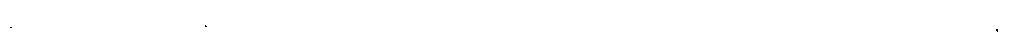
နမေသော အတ္တာတိ န မေ ဧသော အတ္တာတိ - ဤသည်ကား ငါ၏ အတ္တကောင် အထည်ကိုယ် မဟုတ်၊ အနတ္တ